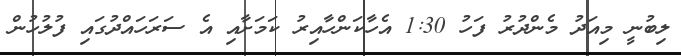
ލިބުނީ މިއަދު މެންދުރު ފަހު 1:30 އެހާކަންހާއިރު ކަމަށާއި އެ ސަރަހައްދުގައި ފުލުހުން